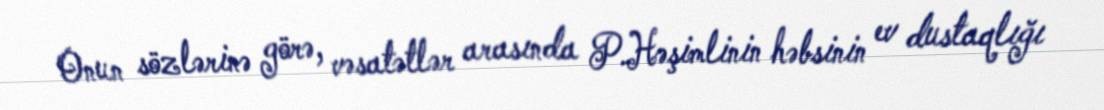
Onun sözlərinə görə, vəsatətlər arasında P.Həşimlinin həbsinin ev dustaqlığı